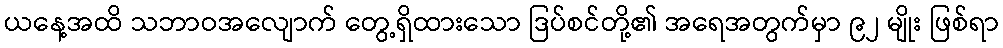
ယနေ့အထိ သဘာဝအလျောက် တွေ့ရှိထားသော ဒြပ်စင်တို့၏ အရေအတွက်မှာ ၉၂ မျိုး ဖြစ်ရာ